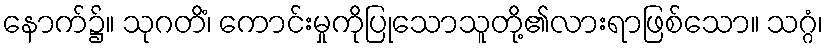
နောက်၌။ သုဂတိံ၊ ကောင်းမှုကိုပြုသောသူတို့၏လားရာဖြစ်သော။ သဂ္ဂံ၊